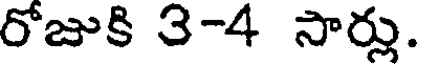
రోజుకి 3-4 సార్లు.